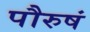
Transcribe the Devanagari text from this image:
पौरुषं